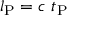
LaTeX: l _ { \mathrm { P } } = c \ t _ { \mathrm { P } }